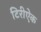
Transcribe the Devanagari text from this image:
टिरीऐक